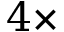
4 \times